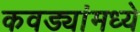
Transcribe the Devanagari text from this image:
कवड्यांमध्ये